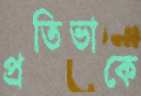
প্রতিভাকে